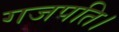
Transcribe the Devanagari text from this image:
गजपति।